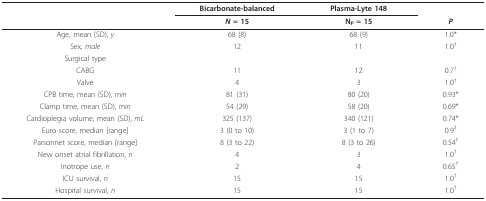
<table><thead><tr><td></td><td><b>Bicarbonate-balanced</b></td><td><b>Plasma-Lyte 148</b></td><td></td></tr><tr><td></td><td><b><i>N </i>= 15</b></td><td><b>N<sub>P </sub>= 15</b></td><td><b><i>P</i></b></td></tr></thead><tbody><tr><td>Age, mean (SD), <i>y</i></td><td>68 (8)</td><td>68 (9)</td><td>1.0*</td></tr><tr><td>Sex, <i>male</i></td><td>12</td><td>11</td><td>1.0<sup>†</sup></td></tr><tr><td>Surgical type</td><td></td><td></td><td></td></tr><tr><td>CABG</td><td>11</td><td>12</td><td>0.7<sup>†</sup></td></tr><tr><td>Valve</td><td>4</td><td>3</td><td>1.0<sup>†</sup></td></tr><tr><td>CPB time, mean (SD), <i>min</i></td><td>81 (31)</td><td>80 (20)</td><td>0.93*</td></tr><tr><td>Clamp time, mean (SD), <i>min</i></td><td>54 (29)</td><td>58 (20)</td><td>0.69*</td></tr><tr><td>Cardioplegia volume, mean (SD), <i>mL</i></td><td>325 (137)</td><td>340 (121)</td><td>0.74*</td></tr><tr><td>Euro score, median [range]</td><td>3 (0 to 10)</td><td>3 (1 to 7)</td><td>0.9<sup>‡</sup></td></tr><tr><td>Parsonnet score, median [range]</td><td>8 (3 to 22)</td><td>8 (3 to 26)</td><td>0.54<sup>‡</sup></td></tr><tr><td>New onset atrial fibrillation, <i>n</i></td><td>4</td><td>3</td><td>1.0<sup>†</sup></td></tr><tr><td>Inotrope use, <i>n</i></td><td>2</td><td>4</td><td>0.65<sup>†</sup></td></tr><tr><td>ICU survival, <i>n</i></td><td>15</td><td>15</td><td>1.0<sup>†</sup></td></tr><tr><td>Hospital survival, <i>n</i></td><td>15</td><td>15</td><td>1.0<sup>†</sup></td></tr></tbody></table>